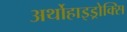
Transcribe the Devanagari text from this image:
अर्थोहाइड्रोक्सि